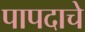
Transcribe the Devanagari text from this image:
पापदाचे